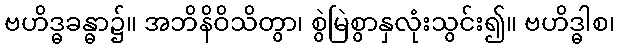
ဗဟိဒ္ဓခန္ဓာ၌။ အဘိနိဝိသိတွာ၊ စွဲမြဲစွာနှလုံးသွင်း၍။ ဗဟိဒ္ဓါစ၊